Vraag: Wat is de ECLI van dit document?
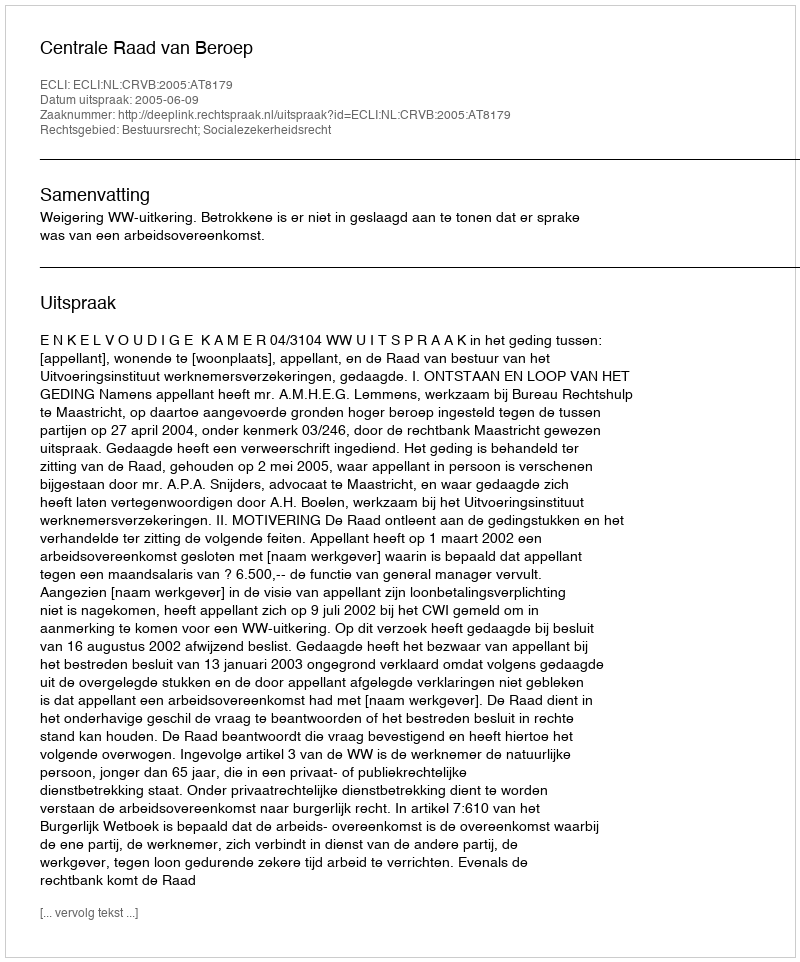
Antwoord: ECLI:NL:CRVB:2005:AT8179